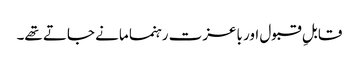
قابلِ قبول اور باعزت رہنما مانے جاتے تھے۔